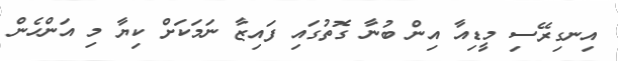
އިނގިރޭސި މީޑިއާ އިން ބުނާ ގޮތުގައި ފައިޒާ ނަމަކަށް ކިޔާ މި އަންހެން